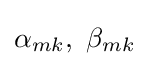
\alpha _{mk},\ \beta _{mk}